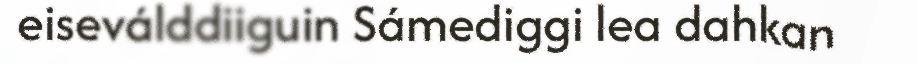
eiseválddiiguin Sámediggi lea dahkan